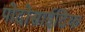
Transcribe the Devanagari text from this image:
पोदोसाईटिक